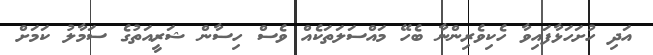
އަދި ހުށަހަޅާފައިވާ ހެކިވެރިންނާ ބެހޭ މައްސަލަތަކެއް ވެސް ހިސާން ޝަރީއަތުގެ ސަމާލު ކަމަށް